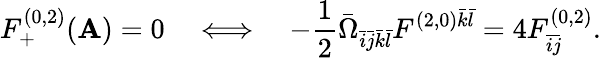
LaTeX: F_{+}^{(0,2)}(\mathbf{A})=0\quad\Longleftrightarrow\quad-\frac{{1}}{{2}}\bar{{\Omega}}_{\bar{{i}}\bar{{j}}\bar{{k}}\bar{{l}}}F^{(2,0)\bar{{k}}\bar{{l}}}=4F_{\bar{{i}}\bar{{j}}}^{(0,2)}.